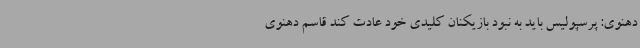
دهنوی: پرسپولیس باید به نبود بازیکنان کلیدی خود عادت کند قاسم دهنوی